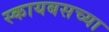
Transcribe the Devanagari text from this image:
स्कायबसच्या